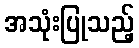
အသုံးပြုသည့်